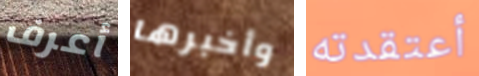
أعرف وأخبرها أعتقدته